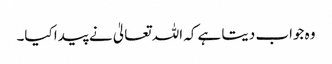
وہ جواب دیتا ہے کہ اللہ تعالیٰ نے پیدا کیا۔